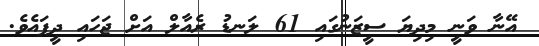
އޭނާ ވަނީ މިދިޔަ ސީޒަނުގައި 61 ލަނޑު ރެއާލް އަށް ޖަހައި ދީފައެވެ.